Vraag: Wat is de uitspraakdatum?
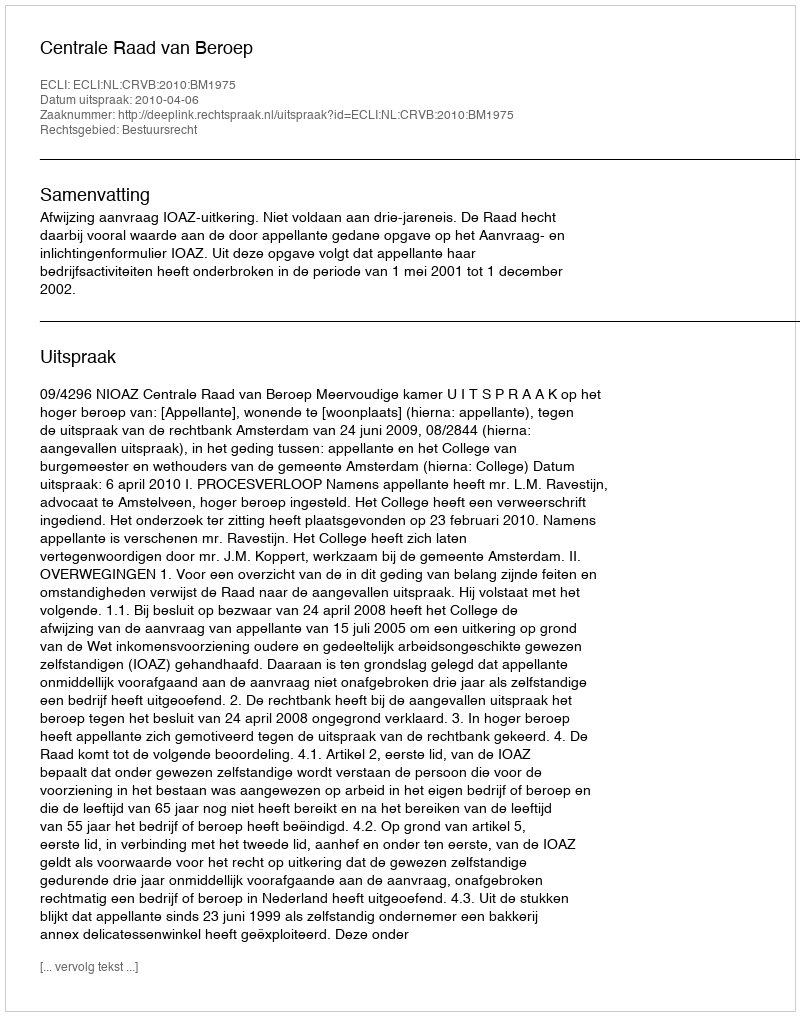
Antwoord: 2010-04-06